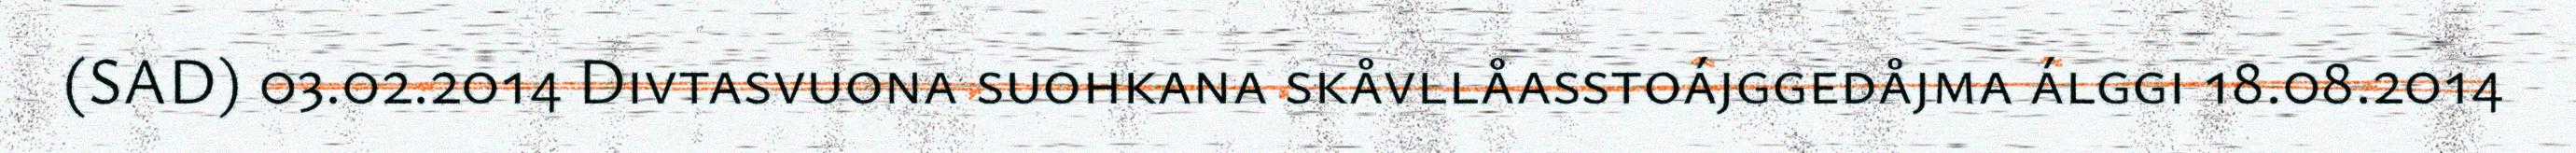
(SAD) 03.02.2014 Divtasvuona suohkana skåvllåasstoájggedåjma álggi 18.08.2014